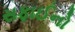
સફાઈનો